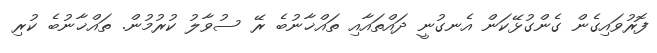
ފޮރުވައިގެން ގެންގުޅޭކަން އެނގުނީ ދައްތައާއި ތައްޚާނުބެ ރޭ ސުވާލު ކުރުމުން. ތައްޚާނުބެ ކުރި